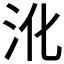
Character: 沎